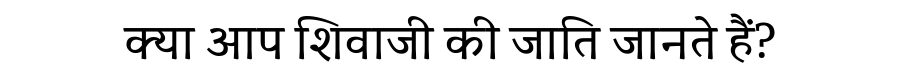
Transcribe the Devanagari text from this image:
क्या आप शिवाजी की जाति जानते हैं?